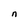
Character: n